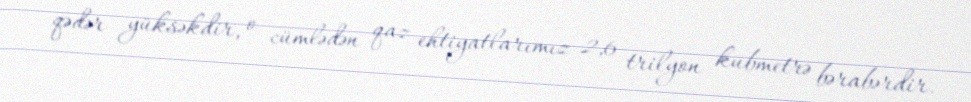
qədər yüksəkdir, o cümlədən qaz ehtiyatlarımız 2,6 trilyon kubmetrə bərabərdir.